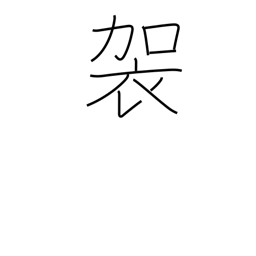
Meaning: a coarse camlet